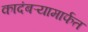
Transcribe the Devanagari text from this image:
कादंबऱ्यामार्फत